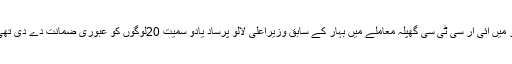
مرکزی تحقیقاتی بیورو(سی بی آئی)کے جج ارون بھاردواج نے دسمبر میں آئی آر سی ٹی سی گھپلہ معاملے میں بہار کے سابق وزیراعلی لالو پرساد یادو سمیت 20لوگوں کو عبوری ضمانت دے دی تھی اور بعد میں عبوری ضمانت کی مدت 28جنوری تک بڑھا دی تھی۔